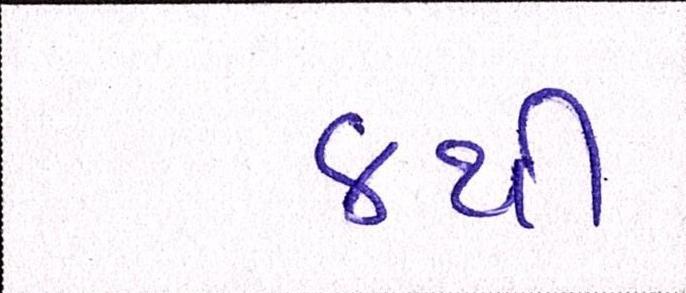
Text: ૪થી